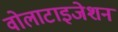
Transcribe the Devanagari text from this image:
वोलाटाइजेशन